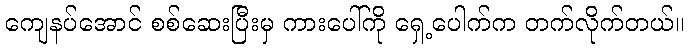
ကျေနပ်အောင် စစ်ဆေးပြီးမှ ကားပေါ်ကို ရှေ့ပေါက်က တက်လိုက်တယ်။